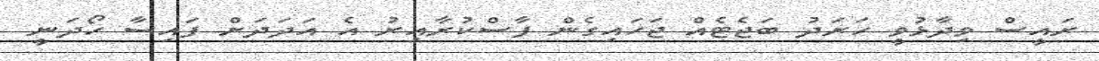
ރައީސް ވިދާޅުވީ ހަރަދު ބަޖެޓެއް ޖަހައިގެން ފާސްކުރާއިރު އެ އަދަދަށް ފައިސާ ހޯދަނީ